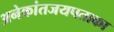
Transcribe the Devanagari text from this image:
अनेकांतजयपताका